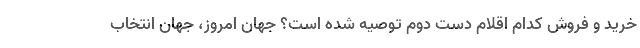
خرید و فروش کدام اقلام دست دوم توصیه شده است؟ جهان امروز، جهان انتخاب